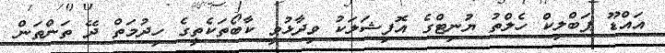
އައްޑޫ ޕަބްލިކް ހެލްތު ޔުނިޓްގެ އޮފިޝަލަކު ވިދާޅުވީ ކާބޯތަކެތީގެ ހިދުމަތް ދޭ ތަންތަން